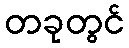
တခုတွင်